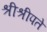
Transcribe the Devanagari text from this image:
श्रीश्रीपते